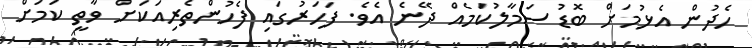
ހެދުން އެޅުމަށް ބޮޑު ސަމާލުކަމެއް ދޭނެ އެވެ. ފަހަރުގައި ފެހުންތެރިއަކަށް ވާތީ ކަމަށް